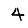
Digit: 4